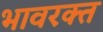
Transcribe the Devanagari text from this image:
भावरक्त